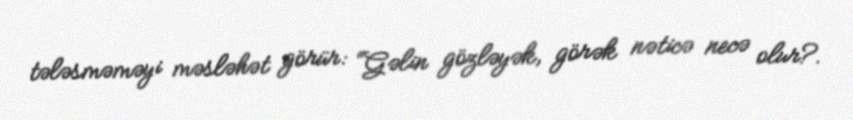
tələsməməyi məsləhət görür: “Gəlin gözləyək, görək nəticə necə olur?.